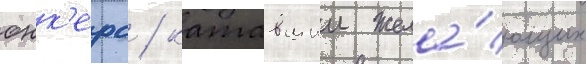
юнк'ерс / катавшии жела́ющих